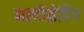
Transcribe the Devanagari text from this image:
मल्टीथ्रेडिंग